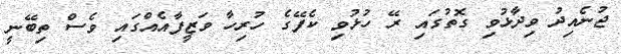
ޖުނެއިދު ވިދާޅުވި ގޮތުގައި ރޭ ހުޅުވި ކެފޭގެ ހުރިހާ ވަޒީފާއެއްގައި ވެސް ތިބޭނީ